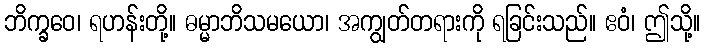
ဘိက္ခဝေ၊ ရဟန်းတို့။ ဓမ္မာဘိသမယော၊ အကျွတ်တရားကို ရခြင်းသည်။ ဧဝံ၊ ဤသို့။